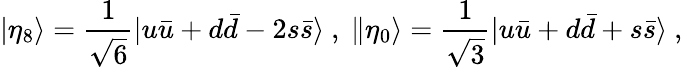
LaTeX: |\eta_{8}\rangle=\frac{1}{\sqrt{6}}|u\bar{u}+d\bar{d}-2s\bar{s}\rangle\ ,\ \| \eta_{0}\rangle=\frac{1}{\sqrt{3}}|u\bar{u}+d\bar{d}+s\bar{s}\rangle\ ,